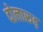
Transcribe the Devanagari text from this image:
दोलारूढ़